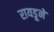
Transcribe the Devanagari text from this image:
रायडूने